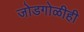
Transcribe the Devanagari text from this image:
जोडगोळीही